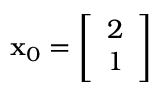
\mathbf { x } _ { 0 } = { \left[ \begin{array} { l } { 2 } \\ { 1 } \end{array} \right] }